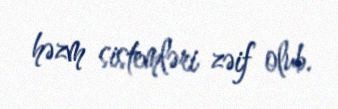
həzm sistemləri zəif olub.